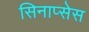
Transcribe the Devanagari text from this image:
सिनाप्सेस